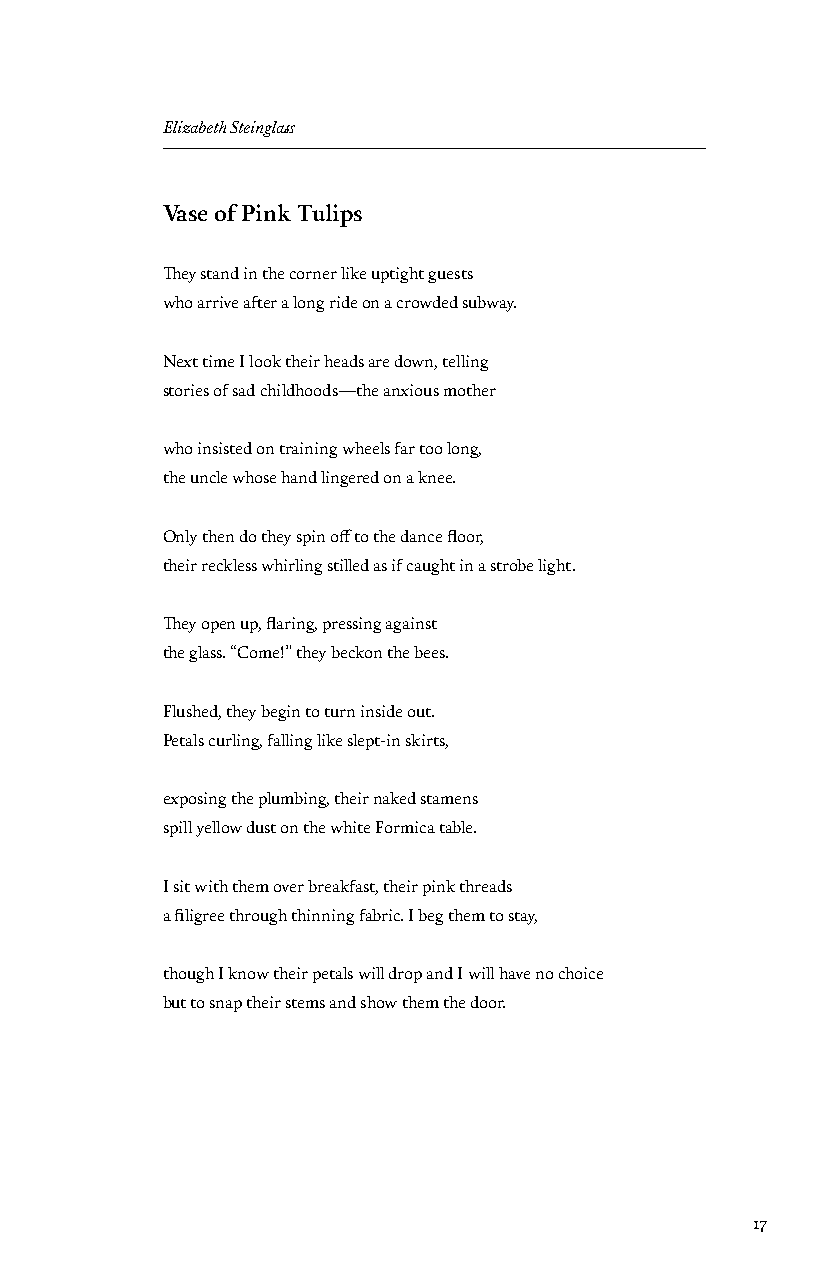
Elizabeth Steinglass
 Vase of Pink Tulips
 They stand in the corner like uptight guests
 who arrive after a long ride on a crowded subway.
 Next time I look their heads are down, telling
 stories of sad childhoods—the anxious mother
 who insisted on training wheels far too long,
 the uncle whose hand lingered on a knee.
 Only then do they spin off to the dance floor,
 their reckless whirling stilled as if caught in a strobe light.
 They open up, flaring, pressing against
 the glass. “Come!” they beckon the bees.
 Flushed, they begin to turn inside out.
 Petals curling, falling like slept-in skirts,
 exposing the plumbing, their naked stamens
 spill yellow dust on the white Formica table.
 I sit with them over breakfast, their pink threads
 a filigree through thinning fabric. I beg them to stay,
 though I know their petals will drop and I will have no choice
 but to snap their stems and show them the door.
 17